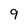
Character: 9